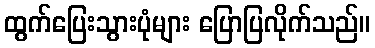
ထွက်ပြေးသွားပုံများ ပြောပြလိုက်သည်။